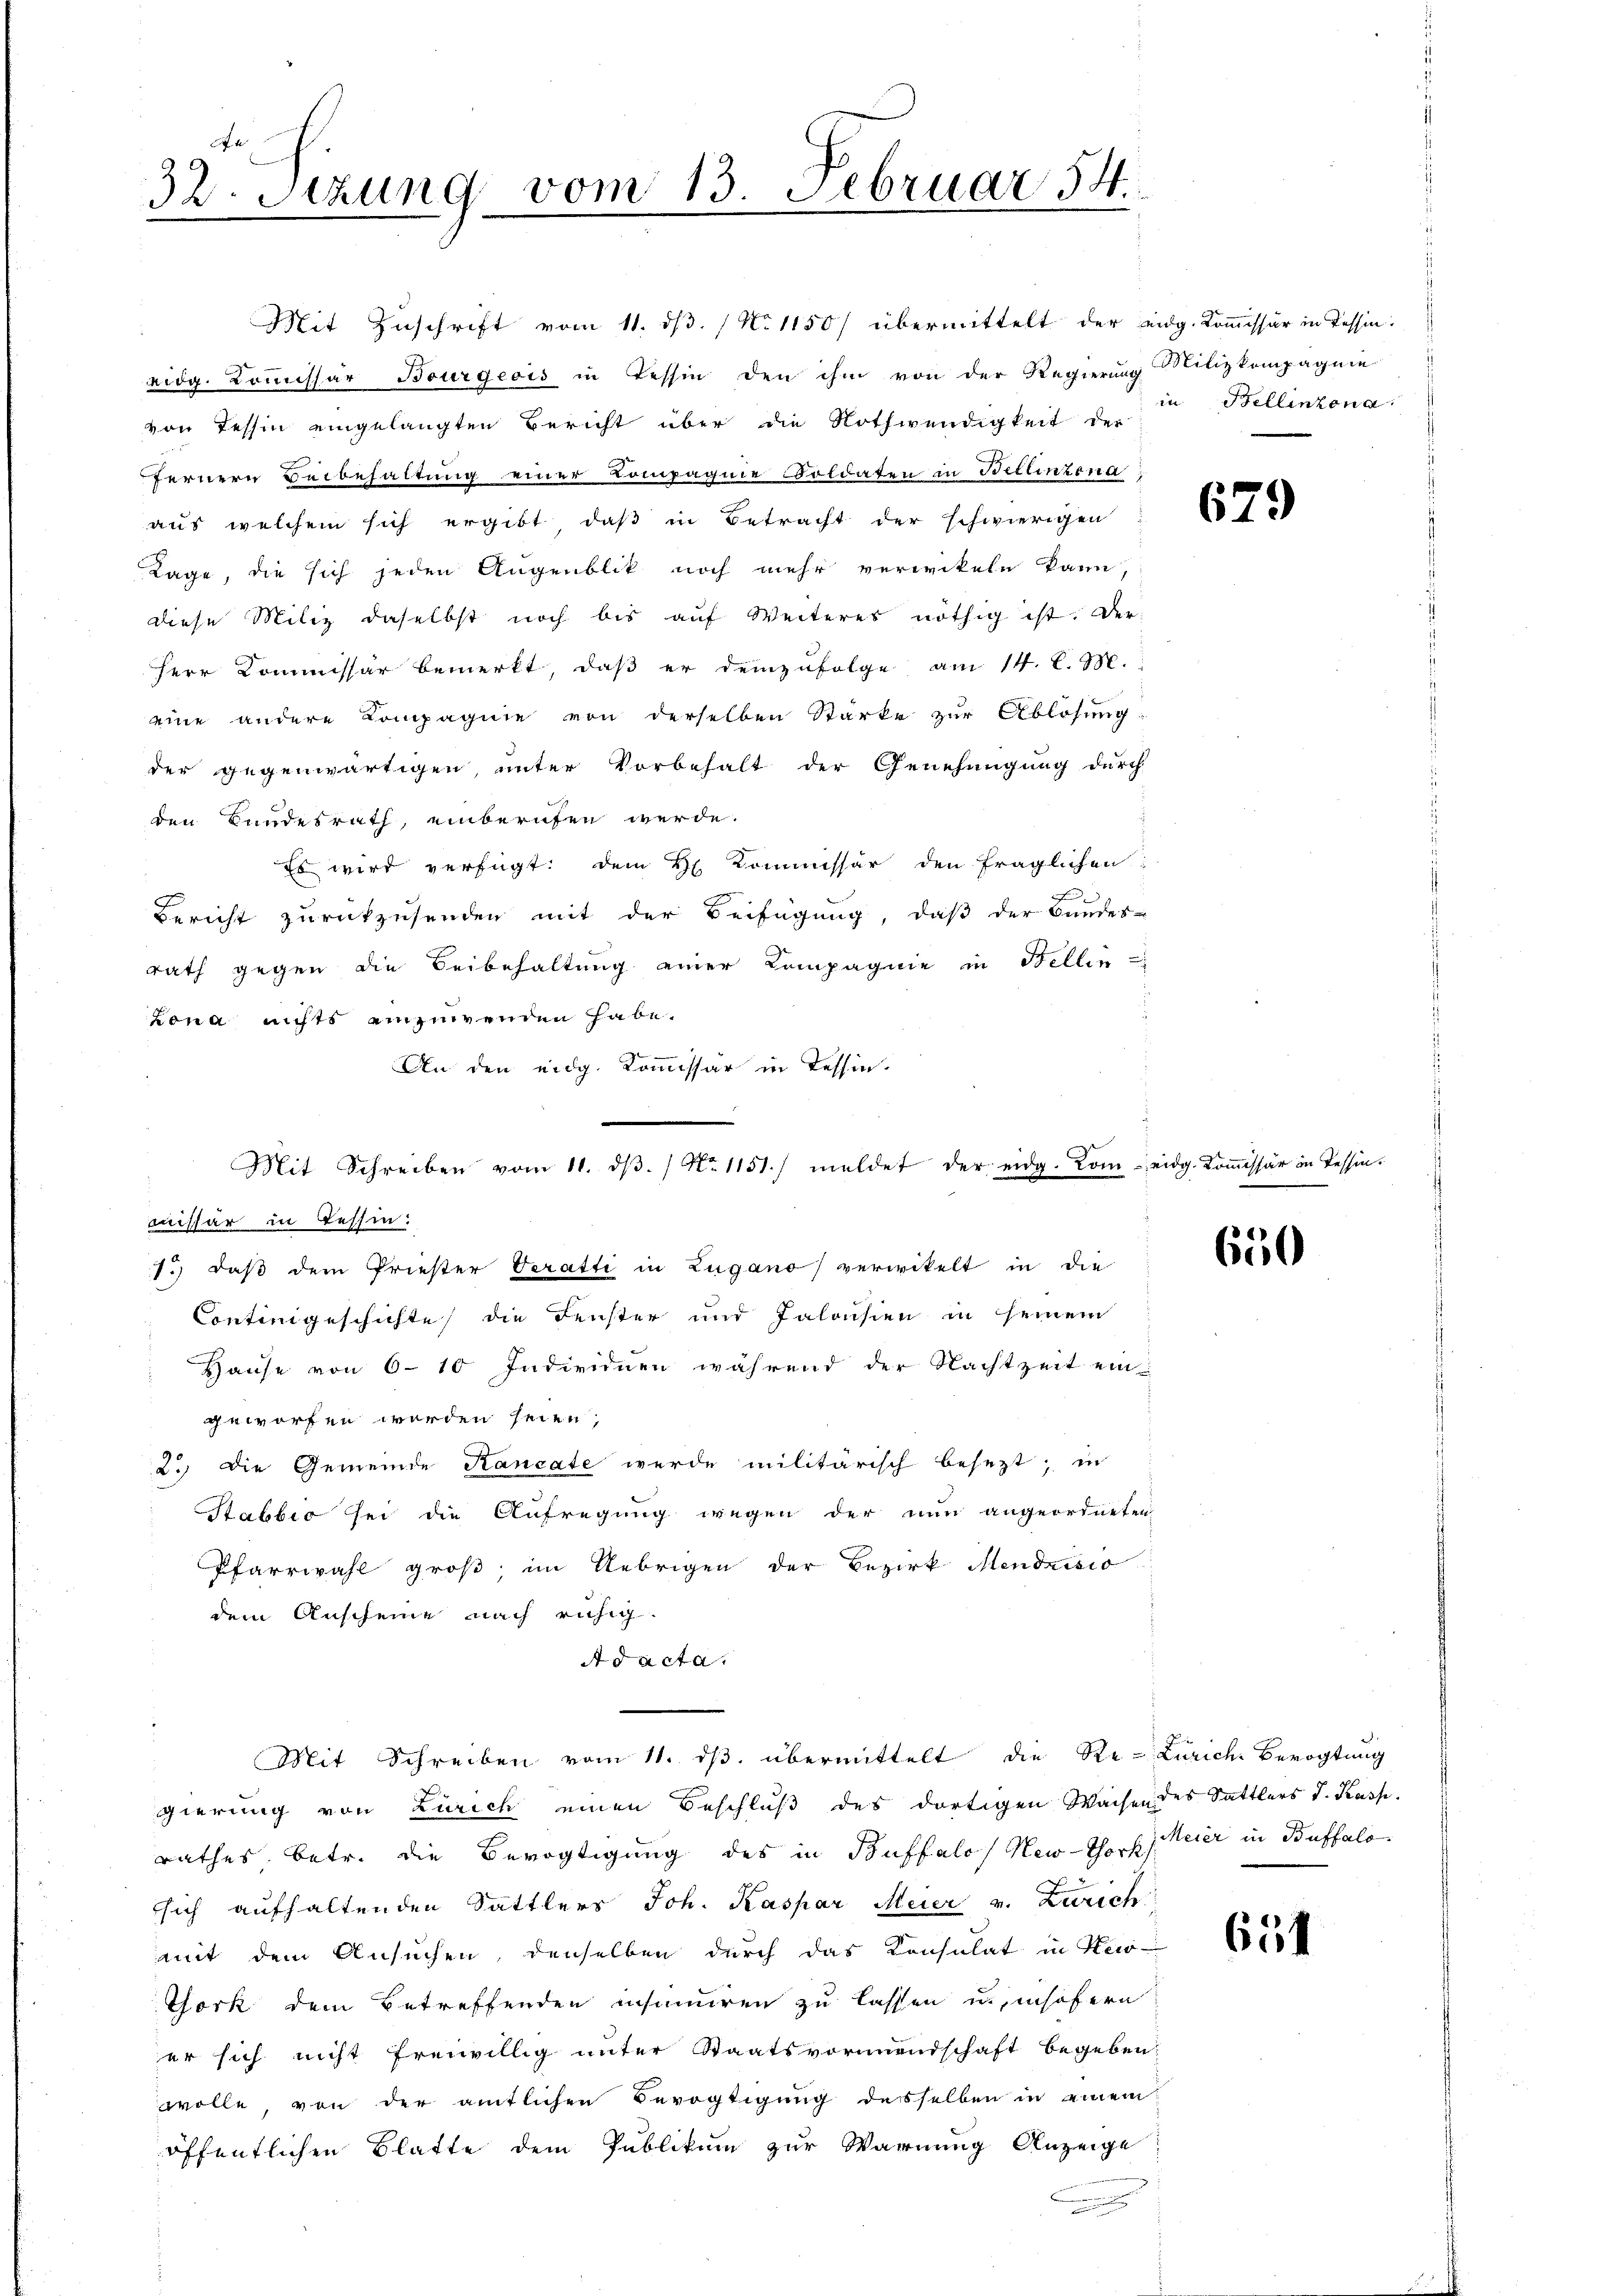
32. Setzung vom 13. Februar 54.

eidg. Commissar Bourgeois in Tessin den ihm von der Regierung Milizkompagnie
von Tessin eingelangten Bericht über die Nothwendigkeit der
fernern Beibehaltung einer Compagnie Soldaten in Bellinzona,
aus welchem sich ergibt, daß in Betracht der schwierigen
Lage, die sich jeden Augenblik noch mehr verwikeln kann,
diese Miliz daselbst noch bis aŭf Weiteres nöthig ist. Der
Herr Commissär bemerkt, daß er demzufolge am 14. l. M.
eine andere Compagnie von derselben Stärke zur Ablösung
der gegenwärtigen, unter Vorbehalt der Genehmigung durch
den Bundesrath, einberufen werde.
Es wird verfügt: dem H. Kommissär den fraglichen:
Bericht zurückzusenden mit der Beifügung, daß der Bundes-
rath gegen die Beibehaltung einer Kompagnie in Bellin
Lona nichts einzuwenden habe.
An den eidg. Kommissär in Tessin.
Mit Schreiben vom 11. dβ. / No 1151) meldet der eidg. Kom-
missär in Tessin:
1.) daß dem Priester Veratti in Zugano verwikelt in die
Continigeschichte die Fenster und Jalousien in seinem
Hause von 6-10 Individuen während der Nachtzeit ein
geworfen werden seien,
2.) Die Gemeinde Kancate werde militärisch besezt; in
Stabbio sei die Aufregung wegen der nun angeordneten
Pfarrwahl groß, im Uebrigen der Bezirk Mendrisio
dem Anscheine nach ruhig.
Ad acta.

Mit Zuschrift vom 11. dß. (No 1150/ übermittelt der eidg. Kommissär in Tessin.

Mit Schreiben vom 11. ds. übermittelt die Re- Zürich Bevogtung

gierung von Zürich einen Beschluß des dortigen Waisen des Sattlers d. Kasp.
rathes, betr. die Bevogtigung des in Buffalo New-Thoph Meier in Buffalosich aufhaltenden Sattlers Joh. Kaspar Meier v. Zürich
mit dem Ansuchen, denselben durch das Konsulat in Keis
Thork dem Betreffenden insumiren zu lassen u. insofern
er sich nicht freiwillig unter Staatsvormundschaft begeben:
wolle, von der amtlichen Bevogtigung desselben in einem
öffentlichen Blatte dem Publikum zur Warnung Anzeige

in Bellinzona.

679

eidg. Kommissär in Tessin.

650

Gül